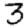
Digit: 3